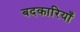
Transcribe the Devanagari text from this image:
बदकारियाँ